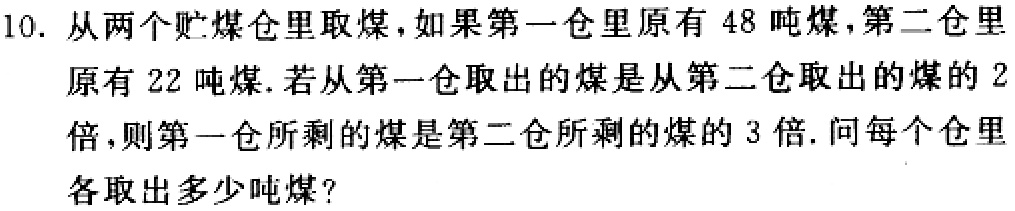
10. 从两个贮煤仓里取煤，如果第一仓里原有 \(48\) 吨煤，第二仓里原有 \(22\) 吨煤. 若从第一仓取出的煤是从第二仓取出的煤的 \(2\) 倍，则第一仓所剩的煤是第二仓所剩的煤的 \(3\) 倍. 问每个仓里各取出多少吨煤？